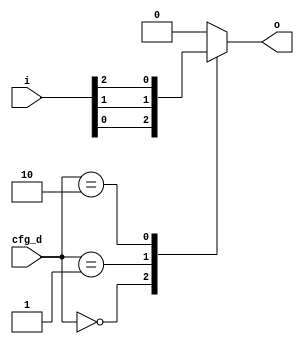
// Automatically generated by PRGA's RTL generator
module cfg_mux3 (
    input wire [2:0] i,
    output reg [0:0] o,
    input wire [1:0] cfg_d
    );

    always @* begin
        o = 1'b0;
        case (cfg_d)    // synopsys infer_mux
            2'd0: o = i[0];
            2'd1: o = i[1];
            2'd2: o = i[2];
        endcase
    end

endmodule